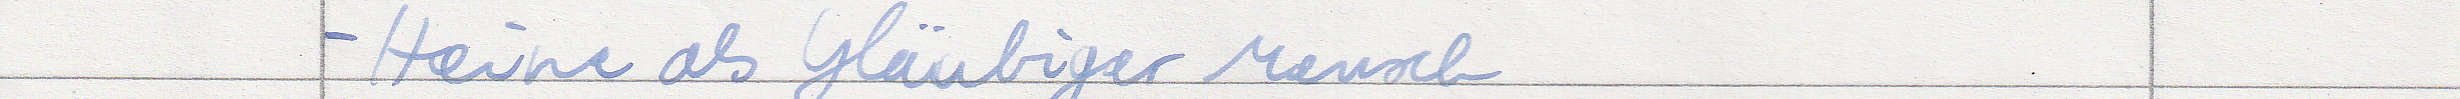
- Heine als Gläubiger Mensch